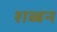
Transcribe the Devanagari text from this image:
शब्बन